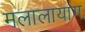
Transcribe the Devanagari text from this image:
मलालायांग